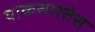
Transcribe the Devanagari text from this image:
याकसारतेस